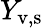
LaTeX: Y_{\mathrm{v,s}}